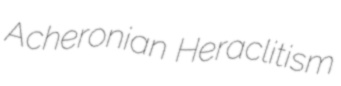
Acheronian Heraclitism